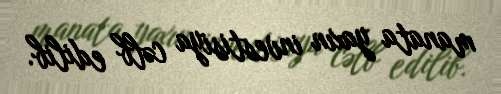
manata yaxın investisiya cəlb edilib.